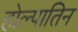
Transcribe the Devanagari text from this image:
होल्पातिन